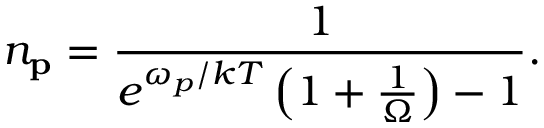
n _ { \bf p } = { \frac { 1 } { e ^ { \omega _ { p } / k T } \left( 1 + { \frac { 1 } { \Omega } } \right) - 1 } } .